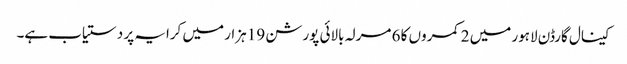
کینال گارڈن لاہور میں 2 کمروں کا 6 مرلہ بالائی پورشن 19 ہزار میں کرایہ پر دستیاب ہے۔